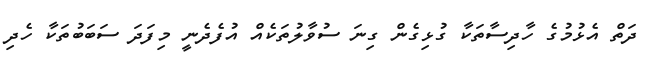
ދަތް އެޅުމުގެ ހާދިސާތަކާ ގުޅިގެން ގިނަ ސުވާލުތަކެއް އުފެދެނީ މިފަދަ ސަބަބުތަކާ ހެދި